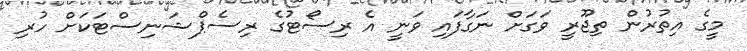
މީގެ އިތުރުން ތިޖޫރީ ވަގަށް ނަގާފައި ވަނީ އެ ރިސޯޓުގެ ރިސެޕްޝަނިސްޓަކަށް ހުރި